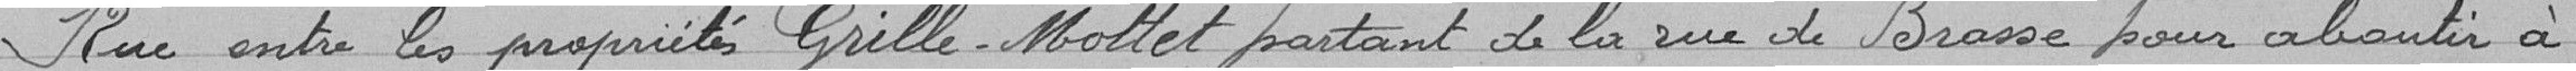
Rue entre les propriétés Grille-Mottet partant de la rue de Brasse pour aboutir à